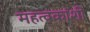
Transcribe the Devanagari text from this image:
महत्वकांशी